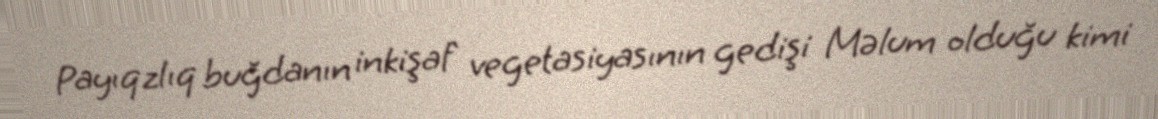
Payıqzlıq buğdanın inkişaf vegetasiyasının gedişi Məlum olduğu kimi